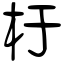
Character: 杅